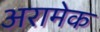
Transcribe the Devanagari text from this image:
अरामेक